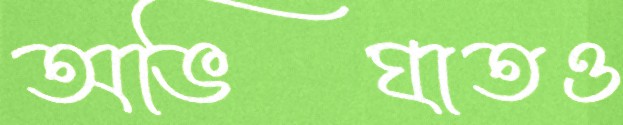
অভিঘাতও